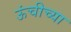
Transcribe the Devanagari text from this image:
ऊंचीच्या